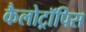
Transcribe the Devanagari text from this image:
कैलोट्रॉपिस